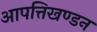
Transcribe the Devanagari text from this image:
आपत्तिखण्डन